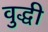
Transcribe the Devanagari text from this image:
वुद्धी